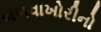
બળવાખોરીનો